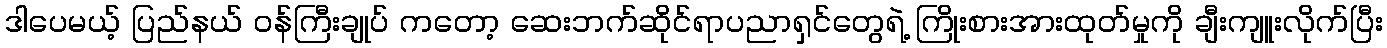
ဒါပေမယ့် ပြည်နယ် ဝန်ကြီးချုပ် ကတော့ ဆေးဘက်ဆိုင်ရာပညာရှင်တွေရဲ့ ကြိုးစားအားထုတ်မှုကို ချီးကျူးလိုက်ပြီး